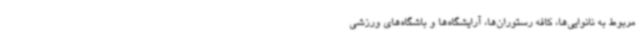
مربوط به نانوایی‌ها، کافه رستوران‌ها، آرایشگاه‌ها و باشگاه‌های ورزشی